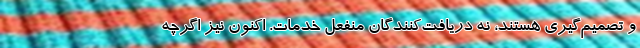
و تصميم‌گيري هستند، نه دريافت‌كنندگان منفعل خدمات. اكنون نيز اگرچه